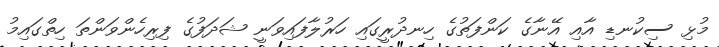
މުޅި ސިކުނޑި އާއި އޭނާގެ ކަންފަތުގެ ހިނދުރީގައި ހަރުލާފައިވަނީ ޝަދަފުގެ ފިރިހެންވަންތަ ހިތްގައިމު